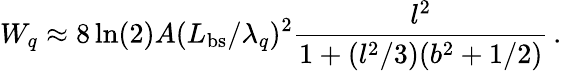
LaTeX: W_{q}\approx 8\ln(2)A(L_{\mathrm{bs}}/\lambda_{q})^{2}\frac{l^{2}}{1+(l^{2}/3)(b^{2}+1/2)}\, .